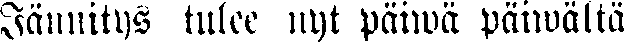
Jännitys tulee nyt päiwä päiwältä